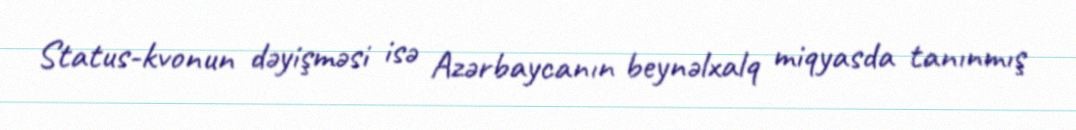
Status-kvonun dəyişməsi isə Azərbaycanın beynəlxalq miqyasda tanınmış